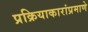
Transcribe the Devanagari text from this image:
प्रक्रियाकारांप्रमाणे